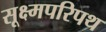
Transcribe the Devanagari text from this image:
सूक्ष्मपरिपथ